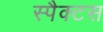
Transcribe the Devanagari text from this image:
स्पैक्टस